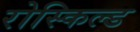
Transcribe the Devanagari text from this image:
रोस्किल्ड